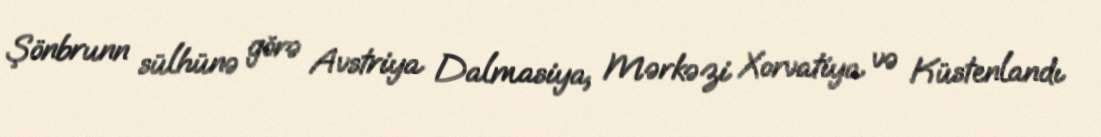
Şönbrunn sülhünə görə Avstriya Dalmasiya, Mərkəzi Xorvatiya və Küstenlandı